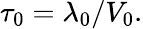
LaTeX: \tau_{0}=\lambda_{0}/V_{0}.